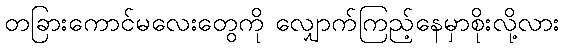
တခြားကောင်မလေးတွေကို လျှောက်ကြည့်နေမှာစိုးလို့လား